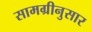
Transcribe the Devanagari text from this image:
सामग्रीनुसार